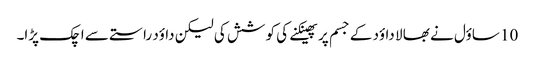
10 ساؤل نے بھا لا داؤد کے جسم پر پھینکنے کی کو شش کی لیکن داؤد راستے سے اچک پڑا۔